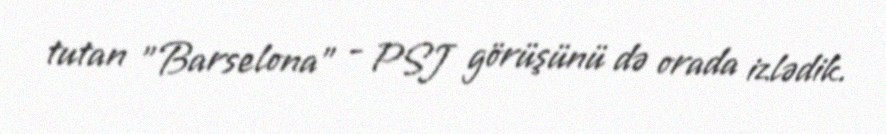
tutan "Barselona" - PSJ görüşünü də orada izlədik.